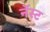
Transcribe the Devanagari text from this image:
नॅस्ट